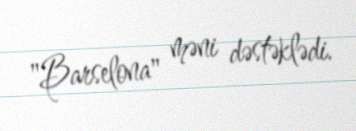
"Barselona" məni dəstəklədi.